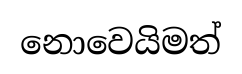
නොවෙයිමත්